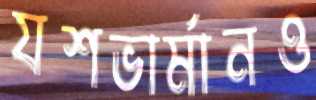
যশভার্মানও